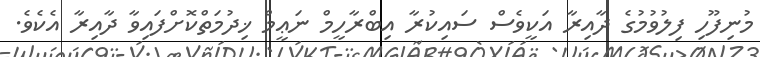
މުނިފޫހި ފިލުވުމުގެ ދާއިރާ އަކީވެސް ސައިކުރާ އިބްރާހީމް ނަޢީމް ޚިދުމަތްކޮށްފައިވާ ދާއިރާ އެކެވެ.